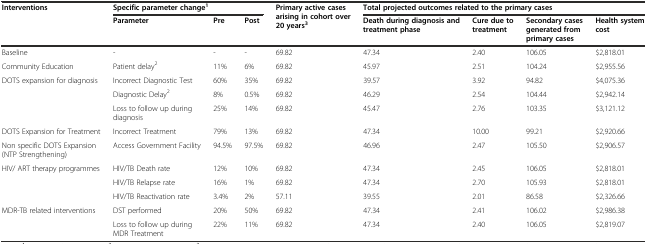
| Interventions | <COLSPAN=3> Specific parameter change1 | <ROWSPAN=2> Primary active cases arising in cohort over 20 years3 | <COLSPAN=4> Total projected outcomes related to the primary cases |
 |  | Parameter | Pre | Post | Death during diagnosis and treatment phase | Cure due to treatment | Secondary cases generated from primary cases | Health system cost |
 | --- | --- | --- | --- | --- | --- | --- | --- | --- |
 | Baseline | - | - | - | 69.82 | 47.34 | 2.40 | 106.05 | $2,818.01 |
 | Community Education | Patient delay2 | 11% | 6% | 69.82 | 45.97 | 2.51 | 104.24 | $2,955.56 |
 | <ROWSPAN=3> DOTS expansion for diagnosis | Incorrect Diagnostic Test | 60% | 35% | 69.82 | 39.57 | 3.92 | 94.82 | $4,075.36 |
 | Diagnostic Delay2 | 8% | 0.5% | 69.82 | 46.29 | 2.54 | 104.44 | $2,942.14 |
 | Loss to follow up during diagnosis | 25% | 14% | 69.82 | 45.47 | 2.76 | 103.35 | $3,121.12 |
 | DOTS Expansion for Treatment | Incorrect Treatment | 79% | 13% | 69.82 | 47.34 | 10.00 | 99.21 | $2,920.66 |
 | Non specific DOTS Expansion (NTP Strengthening) | Access Government Facility | 94.5% | 97.5% | 69.82 | 46.96 | 2.47 | 105.50 | $2,906.57 |
 | <ROWSPAN=3> HIV/ ART therapy programmes | HIV/TB Death rate | 12% | 10% | 69.82 | 47.34 | 2.45 | 106.05 | $2,818.01 |
 | HIV/TB Relapse rate | 16% | 1% | 69.82 | 47.34 | 2.70 | 105.93 | $2,818.01 |
 | HIV/TB Reactivation rate | 3.4% | 2% | 57.11 | 39.55 | 2.01 | 86.58 | $2,326.66 |
 | <ROWSPAN=2> MDR-TB related interventions | DST performed | 20% | 50% | 69.82 | 47.34 | 2.41 | 106.02 | $2,986.38 |
 | Loss to follow up during MDR Treatment | 22% | 11% | 69.82 | 47.34 | 2.40 | 106.05 | $2,819.07 |